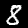
Label: 8